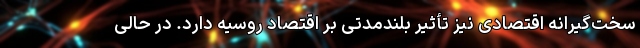
سخت‌گیرانه اقتصادی نیز تأثیر بلندمدتی بر اقتصاد روسیه دارد. در حالی